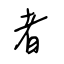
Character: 者